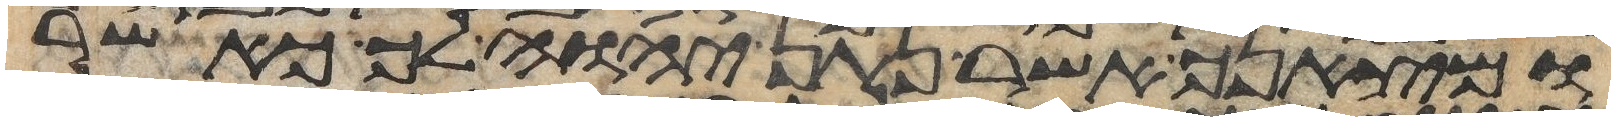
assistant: ומצאנך אשר נתן יהוה לך כאשר